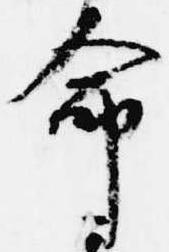
命